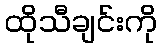
ထိုသီချင်းကို